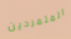
المتمردين